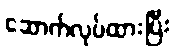
ဆောက်လုပ်ထားပြီး